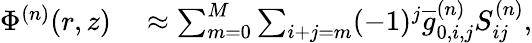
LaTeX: \begin{array}{rl}{\Phi^{(n)}(r,z)}&{{}\approx\sum_{m=0}^{M}\sum_{i+j=m}(-1)^{j}\overline{{g}}_{0,i,j}^{(n)}S_{ij}^{(n)},}\end{array}